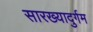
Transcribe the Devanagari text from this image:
सारख्यादुर्गम